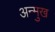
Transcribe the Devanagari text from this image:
अन्मुख